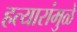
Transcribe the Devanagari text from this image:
हत्यारांमुळे